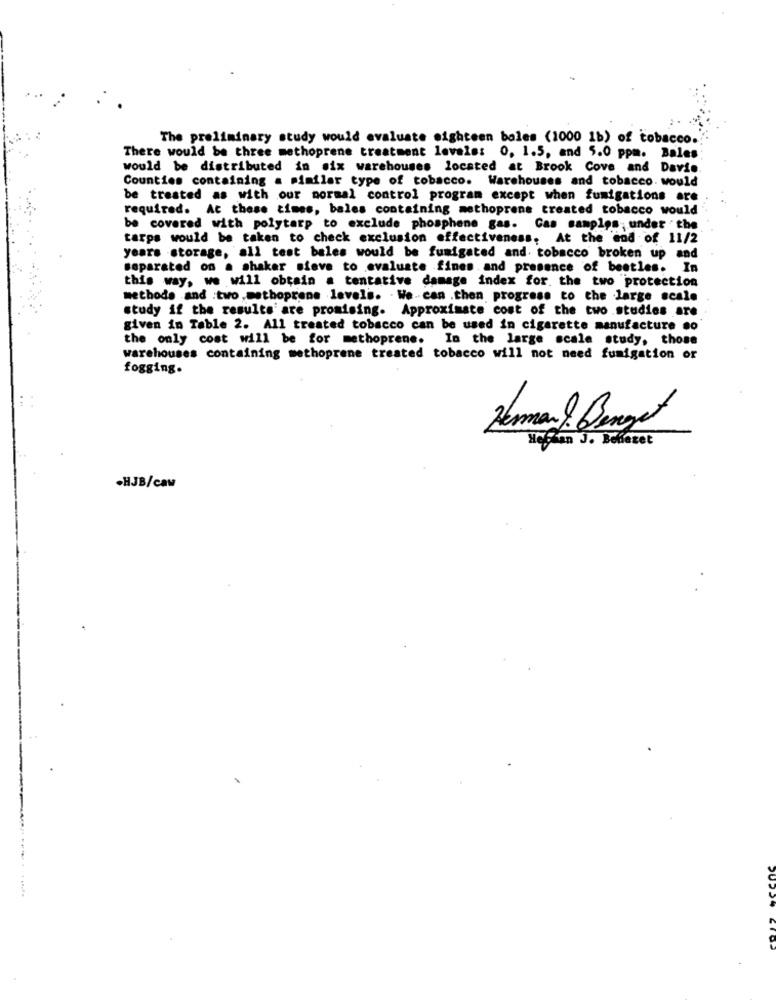
-
The preliminary study would evaluate eighteen boles (1000 1b) of tobacco."
There would be three methoprene treatment levels: 0. 1.5, and 5.0 ppm. Bales
would be distributed in six warehouses located at Brook Cove and Davis
Counties containing a similar type of tobacco. Warehouses and tobacco. would
be treated as with our normal control program except when fumigations are
required. At these times, bales containing methoprene treated tobacco would
be covered with polytarp to exclude phosphene gas. Cas samples; under the
tarps would be taken to check exclusion effectiveness, At the end of 11/2
years storage, all test bales would be fumigated and tobacco broken up and
separated on a shaker sieve to evaluate fines. and presence of bestles. In
this way, we will obtain a tentative damage index for. the two protection
methods and :two , methoprone levels. . We can .then progress to the large scale
study if the results' are promising. Approximate cost of the two studies are
given in Table 2. All treated tobacco can be used in cigarette manufacture so
the only cost will be for methoprene. In the large scale study, those
warehouses containing methoprene treated tobacco will not need fumigation or
fogging.
Herman, Benget
HeCan J. Beheret
.HJB/caw